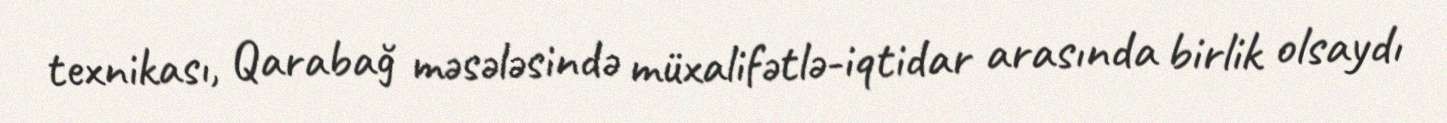
texnikası, Qarabağ məsələsində müxalifətlə-iqtidar arasında birlik olsaydı